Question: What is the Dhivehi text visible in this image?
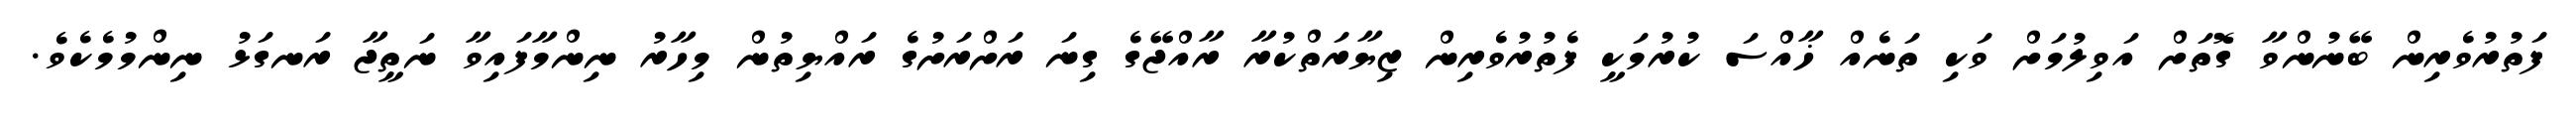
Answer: ފަތުރުވެރިން ބޭނުންވާ ގޮތަށް އަވިލުމަށް ވަކި ތަނެއް ޚާއްސަ ކުރުމަކީ ފެތުރުވެރިން ޒިޔާރަތްކުރާ ރާއްޖޭގެ ގިނަ ރަށްރަށުގެ ރައްޔިތުން މިހާރު ނިންމާފައިވާ ނަތީޖާ ރަނގަޅު ނިންމުމެކެވެ.